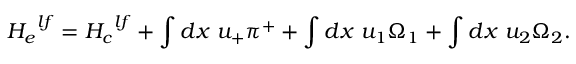
{ H _ { e } } ^ { l f } = { H _ { c } } ^ { l f } + \int d x ~ u _ { + } \pi ^ { + } + \int d x ~ u _ { 1 } \Omega _ { 1 } + \int d x ~ u _ { 2 } \Omega _ { 2 } .